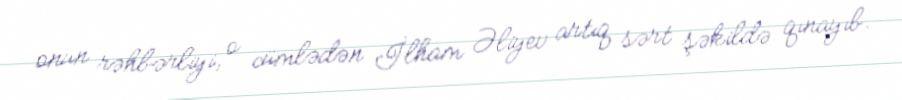
onun rəhbərliyi, o cümlədən İlham Əliyev artıq sərt şəkildə qınayıb.